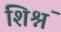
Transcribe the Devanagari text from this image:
शिश्नं